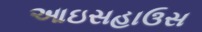
આઇસહાઉસ